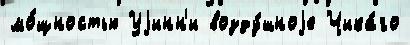
мо́щностью Уjинн'и возду́шноjе Чика́го